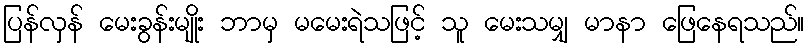
ပြန်လှန် မေးခွန်းမျိုး ဘာမှ မမေးရဲသဖြင့် သူ မေးသမျှ မာနာ ဖြေနေရသည်။